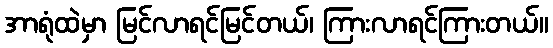
အာရုံထဲမှာ မြင်လာရင်မြင်တယ်၊ ကြားလာရင်ကြားတယ်။